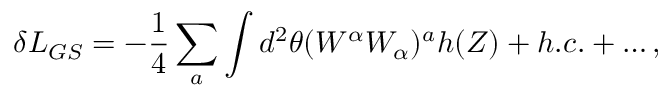
\delta { \cal L } _ { G S } = - \frac { 1 } { 4 } \sum _ { a } \int d ^ { 2 } \theta ( W ^ { \alpha } W _ { \alpha } ) ^ { a } h ( Z ) + h . c . + \dots ,